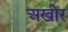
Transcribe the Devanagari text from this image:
अखीर